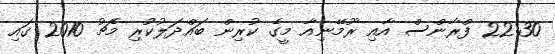
22:30 ފްރާންސް އާއި ރޫމޭނިއާ މީގެ ކުރިން ބައްދަލުކުރި މެޗު 2010 ގައި